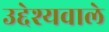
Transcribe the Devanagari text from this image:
उद्देश्यवाले